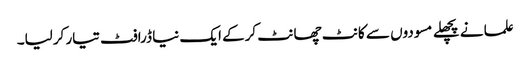
علما نے پچھلے مسودوں سے کانٹ چھانٹ کرکے ایک نیا ڈرافٹ تیار کرلیا۔